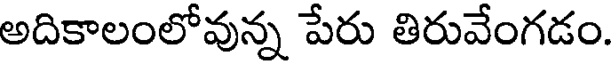
అదికాలంలోవున్న పేరు తిరువేంగడం.